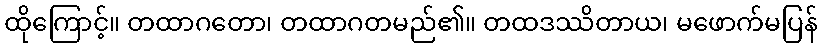
ထိုကြောင့်။ တထာဂတော၊ တထာဂတမည်၏။ တထဒဿိတာယ၊ မဖောက်မပြန်